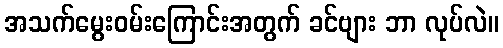
အသက်မွေးဝမ်းကြောင်းအတွက် ခင်ဗျား ဘာ လုပ်လဲ။